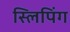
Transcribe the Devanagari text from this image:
स्लिपिंग